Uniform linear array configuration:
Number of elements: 24
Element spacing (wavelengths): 0.5
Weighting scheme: exponential
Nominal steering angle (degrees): -60
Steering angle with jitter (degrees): -61.353
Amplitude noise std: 0.05
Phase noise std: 0.05

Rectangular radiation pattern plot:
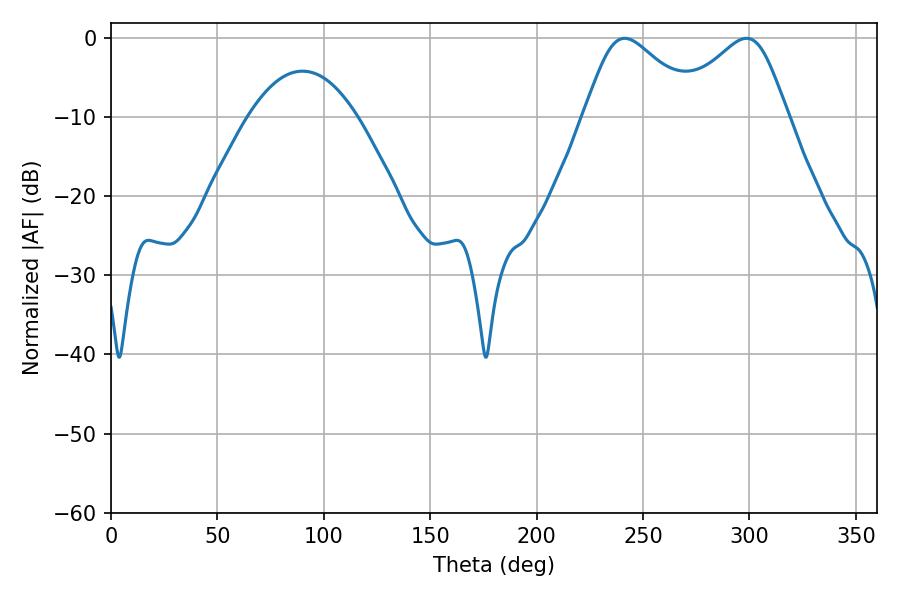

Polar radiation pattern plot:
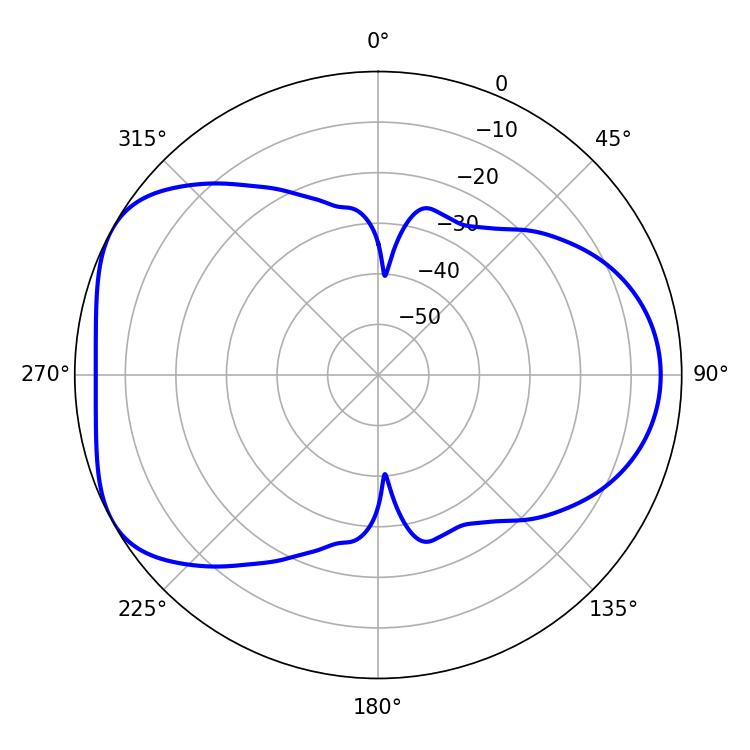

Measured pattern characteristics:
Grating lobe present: FALSE
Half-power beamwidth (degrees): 27
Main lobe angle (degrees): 241.38